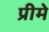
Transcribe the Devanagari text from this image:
प्रीमे